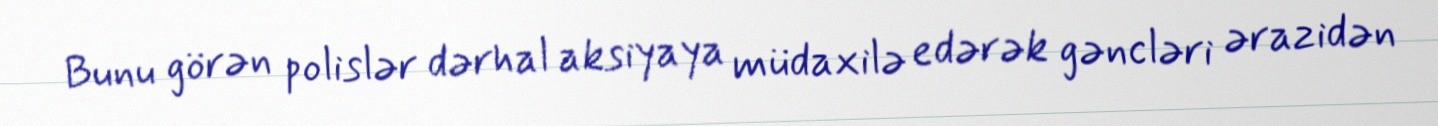
Bunu görən polislər dərhal aksiyaya müdaxilə edərək gəncləri ərazidən